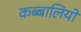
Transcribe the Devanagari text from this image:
कब्बालियों